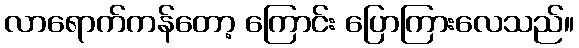
လာရောက်ကန်တော့ ကြောင်း ပြောကြားလေသည်။